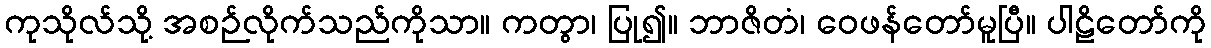
ကုသိုလ်သို့ အစဉ်လိုက်သည်ကိုသာ။ ကတွာ၊ ပြု၍။ ဘာဇိတံ၊ ဝေဖန်တော်မူပြီ။ ပါဠိတော်ကို